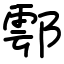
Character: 鄠